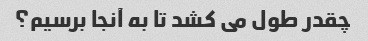
چقدر طول می کشد تا به آنجا برسیم؟